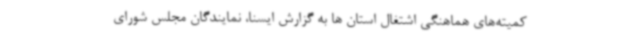
کمیته‌های هماهنگی اشتغال استان ها به گزارش ایسنا، نمایندگان مجلس شورای